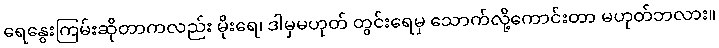
ရေနွေးကြမ်းဆိုတာကလည်း မိုးရေ၊ ဒါမှမဟုတ် တွင်းရေမှ သောက်လို့ကောင်းတာ မဟုတ်ဘလား။